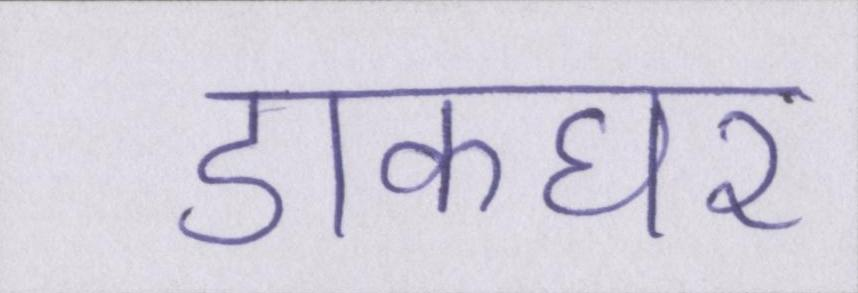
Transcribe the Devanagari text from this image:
डाकघर